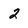
Character: 2